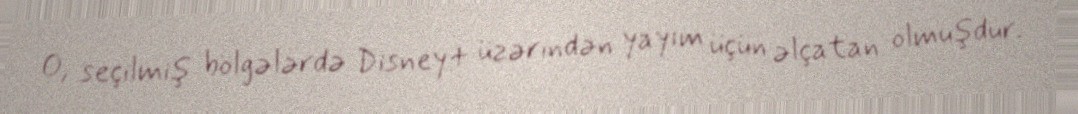
O, seçilmiş bölgələrdə Disney+ üzərindən yayım üçün əlçatan olmuşdur.